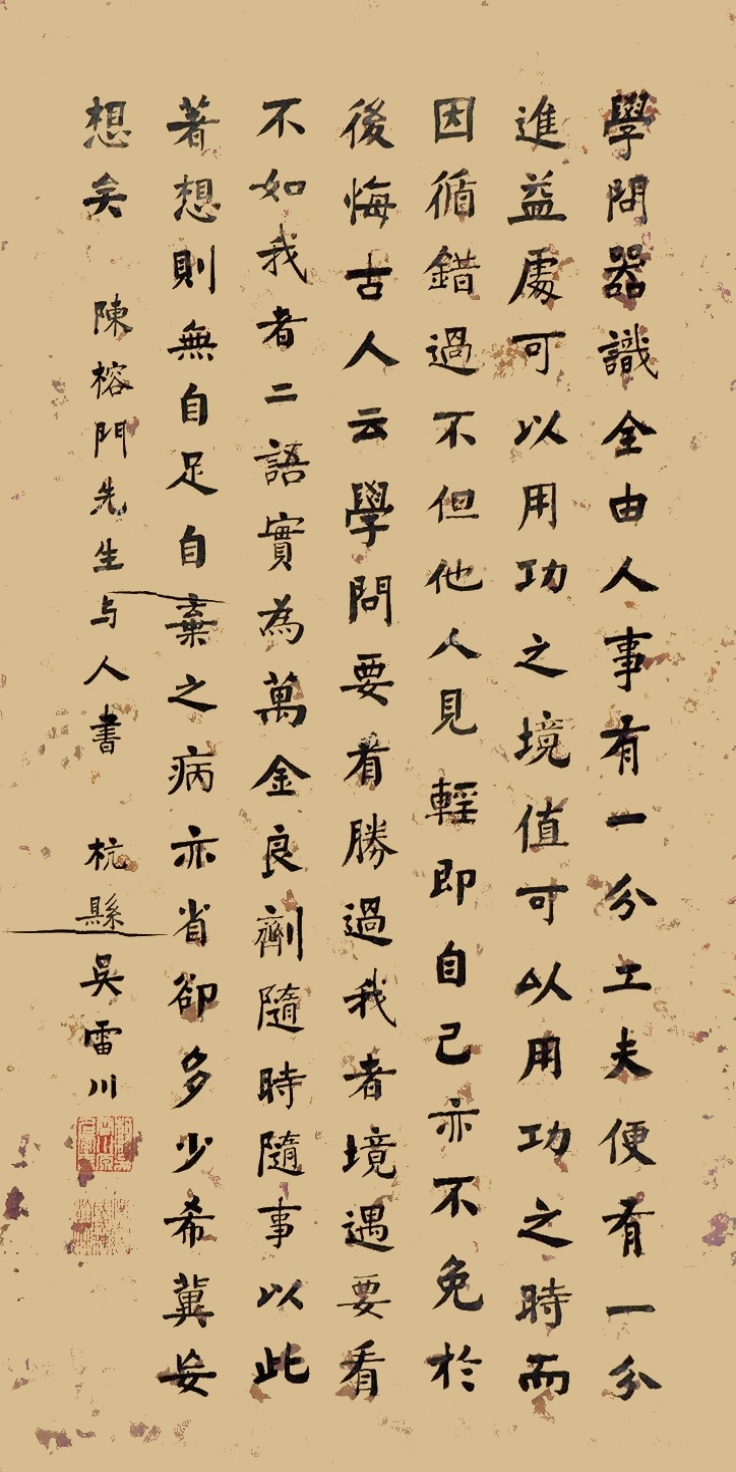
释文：学问器识，全由人事，有一分工夫，便有一分进益。处可以用工之境，值可以用工之时，而因循错过，不但他人见轻，即自己亦不免于后悔。古人云：‘学问要看胜过我者，境遇要看不如我者。’二语实为万金良剂，随时随事以此着想，则无自足自弃之病，亦省却多少希冀妄想矣。”陈榕门先生与人书。杭县吴雷川。